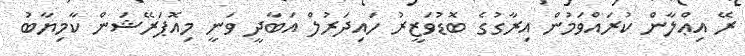
ރޭ އިޢްލާން ކުރައްވަމުން އިރާގުގެ ބޮޑުވަޒީރު ހައިދަރުލް އަބާދީ ވަނީ މިއޮޕަރޭޝަން ކާމިޔާބު